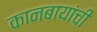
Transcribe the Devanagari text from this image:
कानबायांची